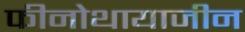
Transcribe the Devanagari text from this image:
फीनोथायाजीन